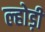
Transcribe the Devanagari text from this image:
ल्होड़ी